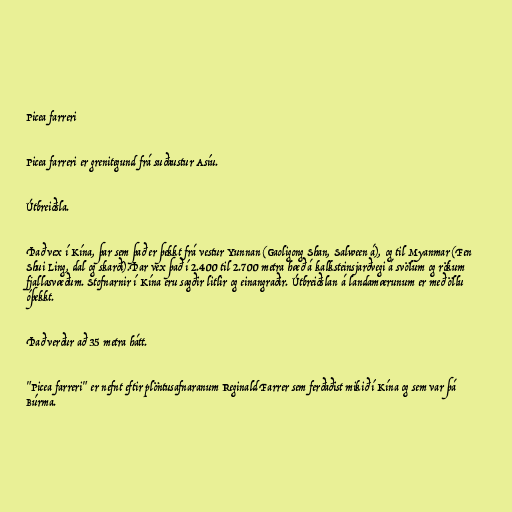
Picea farreri

Picea farreri er grenitegund frá suðaustur Asíu.

Útbreiðsla.

Það vex í Kína, þar sem það er þekkt frá vestur Yunnan (Gaoligong Shan, Salween á), og til Myanmar (Fen
Shui Ling, dal og skarði).Þar vex það í 2.400 til 2.700 metra hæð á kalksteinsjarðvegi á svölum og rökum
fjallasvæðum. Stofnarnir í Kína eru sagðir litlir og einangraðir. Útbreiðslan á landamærunum er með öllu
óþekkt.

Það verður að 35 metra hátt.

"Picea farreri" er nefnt eftir plöntusafnaranum Reginald Farrer sem ferðaðist mikið í Kína og sem var þá
Búrma.